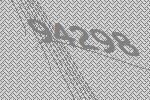
94298